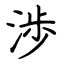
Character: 渉